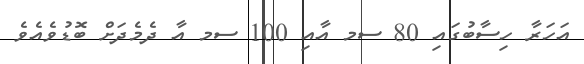
އަހަރާ ހިސާބުގައި 80 ސމ އާއި 100 ސމ އާ ދެމެދަށް ބޮޑުވެއެވެ